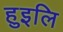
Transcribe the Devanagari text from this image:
हुइलि